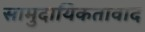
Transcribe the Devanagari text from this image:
सामुदायिकतावाद